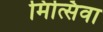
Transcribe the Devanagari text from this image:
मित्सिवा